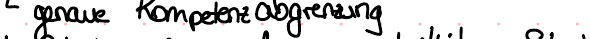
genaue Kompetenzabgrenzung